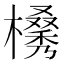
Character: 𣜗